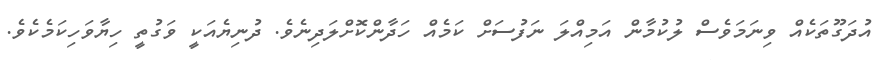
އުދަގޫތަކެއް ވިނަމަވެސް ލުކުމާން އަމިއްލަ ނަފުސަށް ކަމެއް ހަދާންކޮށްލަދިނެވެ. ދުނިޔެއަކީ ވަގުތީ ހިޔާވަހިކަމެކެވެ.